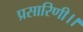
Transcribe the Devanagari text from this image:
प्रसारिणी।।